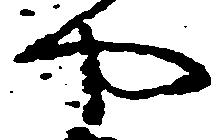
や